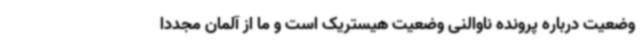
وضعیت درباره پرونده ناوالنی وضعیت هیستریک است و ما از آلمان مجددا